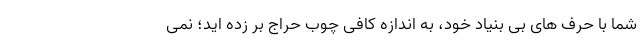
شما با حرف های بی بنیاد خود، به اندازه کافی چوب حراج بر زده اید؛ نمی